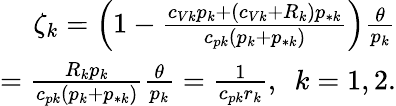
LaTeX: \begin{array}{r}{\zeta_{k}=\Big(1-\frac{c_{Vk}p_{k}+(c_{Vk}+R_{k})p_{*k}}{c_{pk}(p_{k}+p_{*k})}\Big)\frac{\theta}{p_{k}}}\\ {=\frac{R_{k}p_{k}}{c_{pk}(p_{k}+p_{*k})}\frac{\theta}{p_{k}}=\frac{1}{c_{pk}r_{k}},\ \ k=1,2.}\end{array}